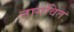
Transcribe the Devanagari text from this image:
नागवित